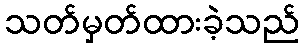
သတ်မှတ်ထားခဲ့သည်